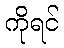
ကိုရင်